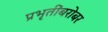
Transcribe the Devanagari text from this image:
प्रभृतींबरोबर